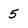
Character: 5